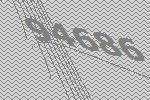
94686